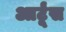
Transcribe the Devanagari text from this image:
आर्टूंस